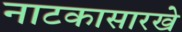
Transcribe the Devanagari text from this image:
नाटकासारखे